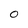
Character: 0